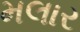
મલાર